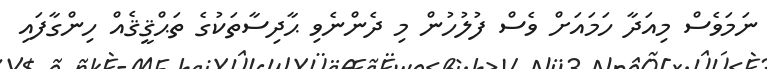
ނަމަވެސް މިއަދާ ހަމައަށް ވެސް ފުލުހުން މި ދެންނެވި ޙާދިސާތަކުގެ ތަޙްޤީޤެއް ހިންގާފައި